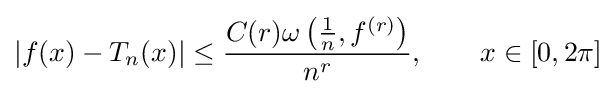
|f(x)-T_{n}(x)|\leq {\frac {C(r)\omega \left({\frac {1}{n}},f^{(r)}\right)}{n^{r}}},\qquad x\in [0,2\pi ]